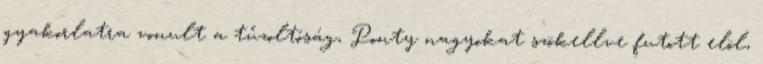
gyakorlatra vonult a tűzoltóság, Ponty nagyokat szökellve futott elöl,